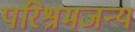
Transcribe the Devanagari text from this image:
परिश्रमजन्य